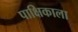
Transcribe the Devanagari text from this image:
पाक्षिकाला